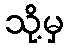
သို့မှ